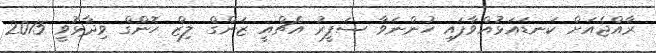
ރާއްޖެއަށް ކަނޑައަޅުއްވާފައި ހުންނަވާ ސަފީރު އެޗްއީ ޒަންގް ލިޒް ހޮންގް ވިދާޅުވީ 2015